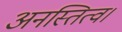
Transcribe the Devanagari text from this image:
अनस्तित्व।